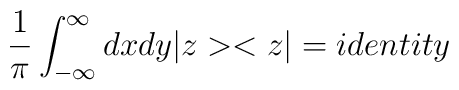
\frac{1}{\pi}\int_{-\infty}^{\infty}dxdy |z><z|=identity